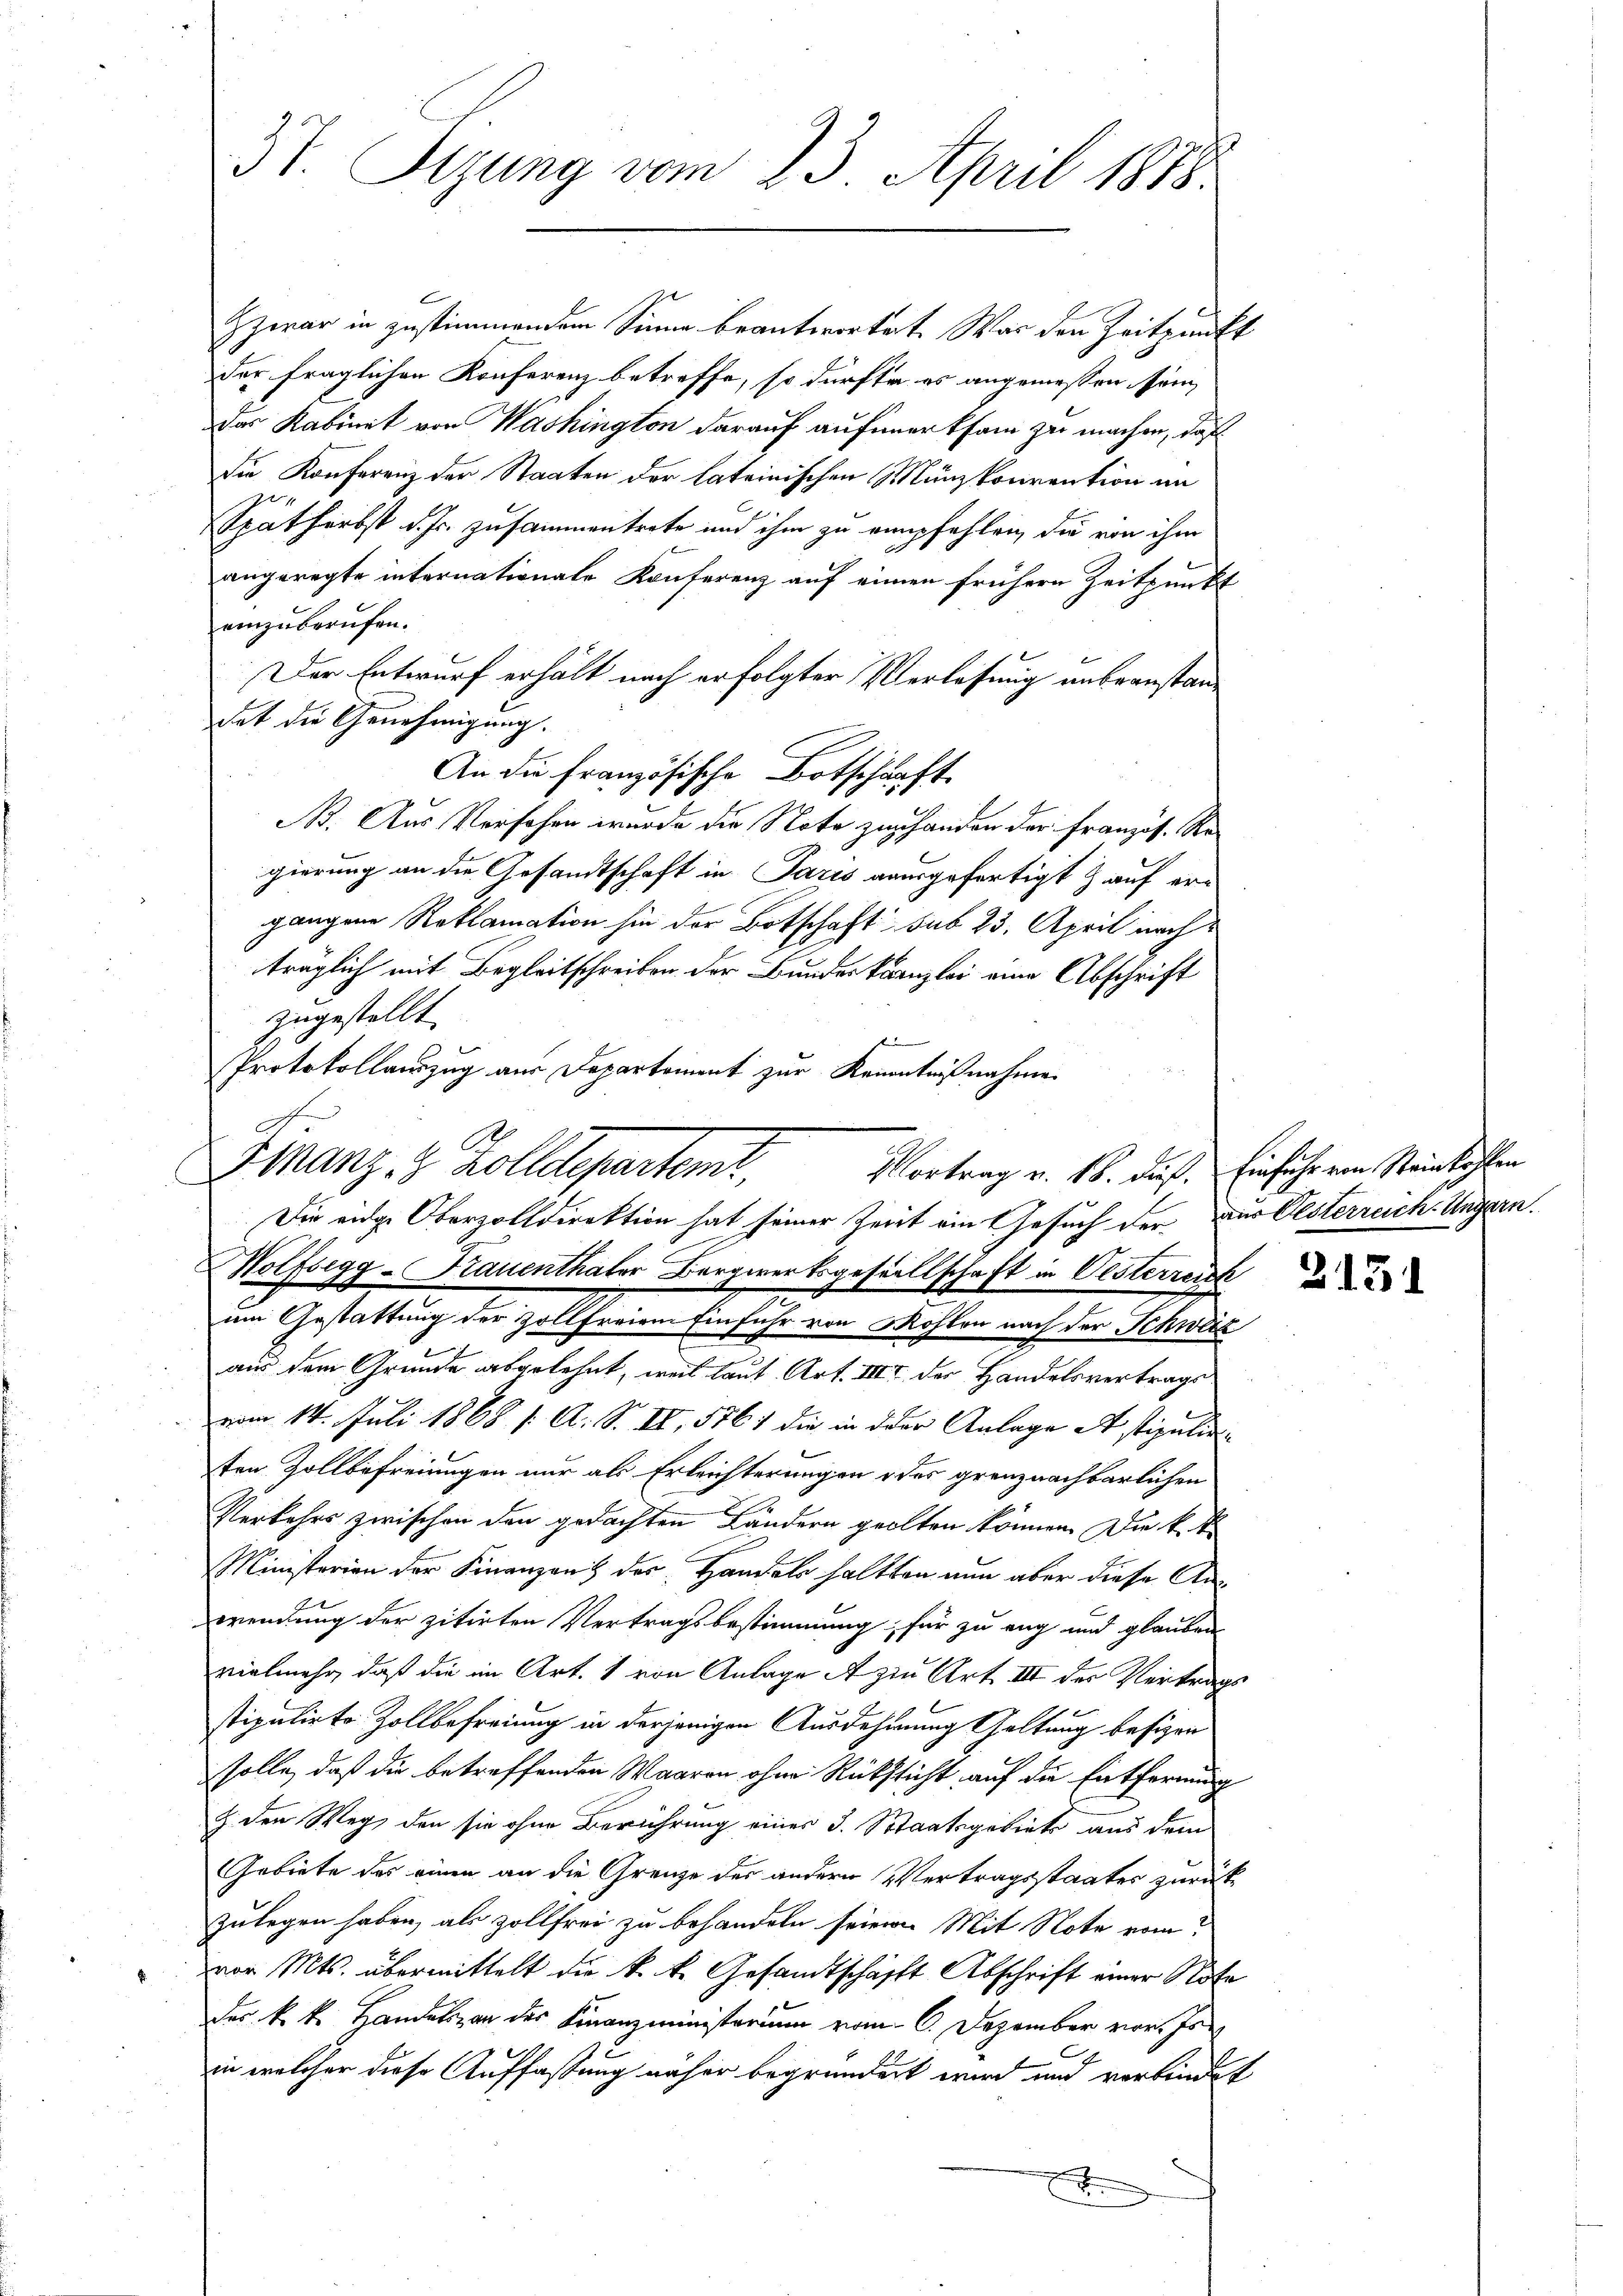
37. Sizung vom 23. April 1878.

Finanz 8 Zolldeparten,
Die eidge Oberzolldirektion hat seiner Zeit ein Gesuch der Der Oesterreich. Ungern.

E
Zzwar in zustimmendem Sinne beantwortet. War den Zeitpunkt
der fraglichen Konferenz betreffe, so dürfte es angemessen sein,
Das Kabinet von Washington darauf aufmerksam zu machen, daß
Die Konferenz der Staaten der lateinischen Münzkonvention im
21
Epat herbst d. Js. zusammentrete und ihm zu empfehlen, die von ihm
angeregte internationale Konferenz auf einen frühern Zeitpunkt
einzuberufen.
Der Entwurf erhält nach erfolgter Verlassung unbeanstandat die Genehmigung.
An die französische Botschärft
No. Aus Versehen wurde die Note zu handen der Französ. Regierung an die Gesandtschaft in Paris ausgefertigt & auf ern
gangene Reklamation hin der Botschaft sub 23. April nachträglich mit Begleitschreiben der Bundeskanzlei eine Abschrift
zugestellt.
Protokollauszug aus Departement zur Kenntnißnahme

Vortrag v. 18. dieß. Einführ von Steinlichen

Wolfsegg-Krauenthaler Bergwerksgesellschaft in Oesterreich
um Gestattung der Zollfreien Einfuhr von Mohlen nach der Schweiz
aus dem Grunde abgelehnt, weil laut Art. III der Handelsvertrags
vom 14. Juli 1868 /: A. S. II, 586) die in der Anlage et stipulirten Zollbefreiungen nur als Erleichterungen des grenznachbarlichen
Verkehrs zwischen den gedachten Ländern gealten können. Die k. k.
Ministerien der Finanzen der Handels haltten nun aber diese Anrendung der zitirten Vertragsbestimmung, für zu eng und glauben
vielmehr, daß die im Art. 1 von Anlage A zin Art. III der Vertrags
stipulirte Zollbefreiung in derjenigen Ausdehnung Geltung besien
solle, daß die betreffenden Waaren ohne Rüksicht auf die Entfernung
Z. den Weg, den sie ohne Berührung eines J. Staatsgebiete aus dem
Gebiete des einen an die Grenze des andern Vertragsstaates zurückzulegen haben, als Zollfrei zu behandeln seien. Mit Note vom
vor Mts. übermittelt die k. k. Gesandtschafft Abschrift einer Note
der k. k. Handeln der Finanzministerium vom 6. Dezember vor. Jan
in welcher diese Auffassung näher begründert wird und verbindet
t